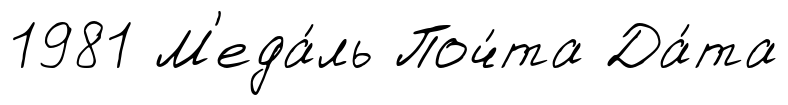
1981 М'еда́ль Поч́та Да́та